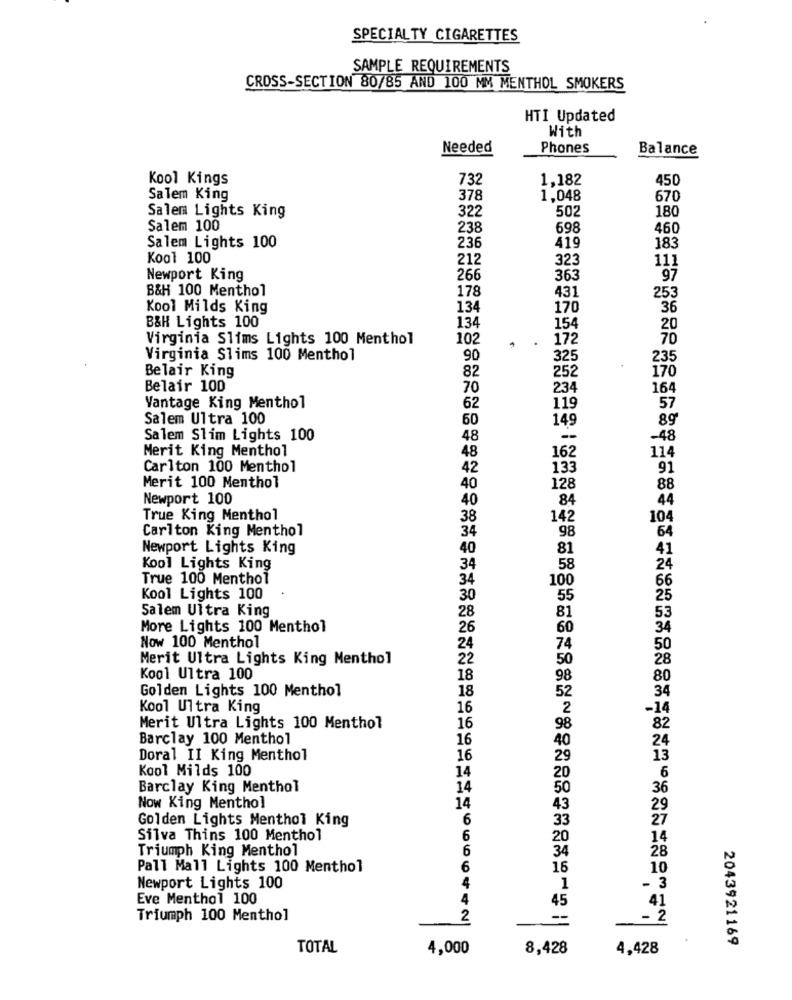
SPECIALTY CIGARETTES
SAMPLE REQUIREMENTS
CROSS-SECTION 80/85 AND 100 MM MENTHOL SMOKERS
HTI Updated
With
Needed
Phones
Balance
Kool Kings
732
1.182
450
Salem King
378
1,048
670
Salem Lights King
322
502
180
Salem 100
238
698
460
236
Salem Lights 100
419
183
Kool 100
212
323
111
Newport King
266
363
"97
B&H 100 Menthol
178
431
253
Kool Milds King
134
170
36
B&H Lights 100
134
154
20
Virginia Slims Lights 100 Menthol
102
172
70
Virginia Slims 100 Menthol
90
325
235
Belair King
82
252
170
Belair 100
70
234
164
Vantage King Menthol
62
119
57
Salem Ultra 100
60
149
Salem Slim Lights 100
48
--
-48
Merit King Menthol
48
114
162
Carlton 100 Menthol
42
133
91
Merit 100 Menthol
40
128
88
Newport 100
40
84
44
True King Menthol
38
142
104
Carlton King Menthol
34
98
64
Newport Lights King
40
81
41
Kool Lights King
34
58
24
True 100 Menthol
34
100
66
Kool Lights 100
30
55
25
Salem Ultra King
28
81
53
More Lights 100 Menthol
26
60
34
Now 100 Menthol
24
74
50
Merit Ultra Lights King Menthol
22
50
28
Kool Ultra 100
18
98
80
Golden Lights 100 Menthol
18
34
52
Kool Ultra King
16
2
-14
Merit Ultra Lights 100 Menthol
16
98
82
Barclay 100 Menthol
16
40
24
Doral II King Menthol
16
29
13
Kool Milds 100
14
20
6
Barclay King Menthol
14
50
36
Now King Menthol
14
43
29
Golden Lights Menthol King
6
33
27
Silva Thins 100 Menthol
6
20
14
Triumph King Menthol
6
28
34
Pall Mall Lights 100 Menthol
6
16
10
3
Newport Lights 100
4
1
Eve Menthol 100
4
45
41
Triumph 100 Menthol
2
- 2
2043921169
TOTAL
4,000
8,428
4,428